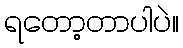
ရတော့တာပါပဲ။